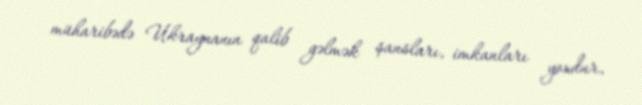
müharibədə Ukraynanın qalib gəlmək şansları, imkanları yoxdur.